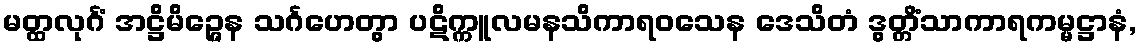
မတ္ထလုင်္ဂံ အဋ္ဌိမိဉ္ဇေန သင်္ဂဟေတွာ ပဋိက္ကူလမနသိကာရဝသေန ဒေသိတံ ဒွတ္တိံသာကာရကမ္မဋ္ဌာနံ,